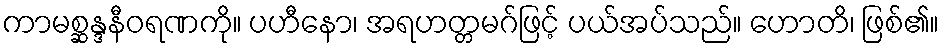
ကာမစ္ဆန္ဒနီဝရဏကို။ ပဟီနော၊ အရဟတ္တမဂ်ဖြင့် ပယ်အပ်သည်။ ဟောတိ၊ ဖြစ်၏။